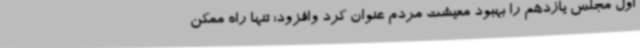
اول مجلس یازدهم را بهبود معیشت مردم عنوان کرد وافزود: تنها راه ممکن